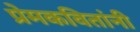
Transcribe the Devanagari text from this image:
प्रेमकवितांनी